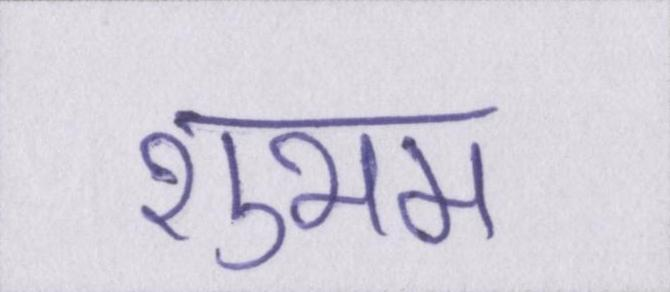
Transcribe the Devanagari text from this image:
शुभम